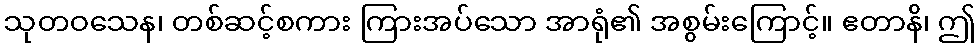
သုတဝသေန၊ တစ်ဆင့်စကား ကြားအပ်သော အာရုံ၏ အစွမ်းကြောင့်။ ဧတာနိ၊ ဤ